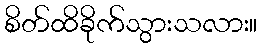
စိတ်ထိခိုက်သွားသလား။